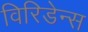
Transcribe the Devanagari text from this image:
विरिडेन्स